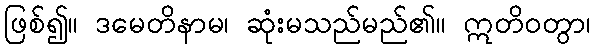
ဖြစ်၍။ ဒမေတိနာမ၊ ဆုံးမသည်မည်၏။ ဣတိဝတွာ၊